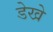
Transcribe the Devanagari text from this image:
डेखे